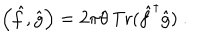
LaTeX: \left( \hat { f } , \hat { g } \right) = 2 \pi \theta { \, \mathrm { T r } } ( { \hat { f } } ^ { \dagger } \hat { g } ) ~ .